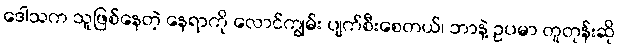
ဒေါသက သူဖြစ်နေတဲ့ နေရာကို လောင်ကျွမ်း ပျက်စီးစေတယ်၊ ဘာနဲ့ ဥပမာ တူတုန်းဆို